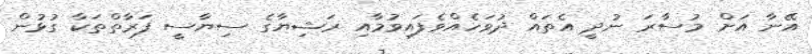
އޭނާ އަށް މުސާރަ ނުދީ އެތައް ދުވަހެއްވެފައިވުމާއި ރަޝިޔާގެ ސިޔާސީ ފަރާތްތަކާ ގުޅުން